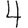
Digit: 4